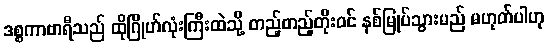
ဒစ္စကာဗာရီသည် ထိုဂြိုဟ်လုံးကြီးထဲသို့ တည့်တည့်တိုးဝင် နစ်မြုပ်သွားမည် မဟုတ်ပါဟု